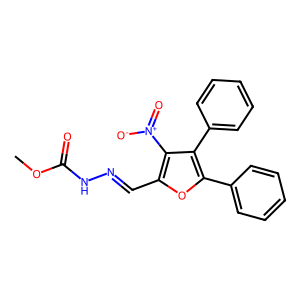
SMILES: COC(=O)NN=Cc1oc(-c2ccccc2)c(-c2ccccc2)c1[N+](=O)[O-]
Inhibits HIV replication: No